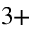
^ { 3 + }